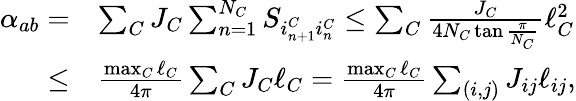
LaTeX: \begin{array}{rl}{\alpha_{ab}=}&{\sum_{C}J_{C}\sum_{n=1}^{N_{C}}S_{i_{n+1}^{C}i_{n}^{C}}\leq\sum_{C}\frac{J_{C}}{4N_{C}\tan\frac{\pi}{N_{C}}}\ell_{C}^{2}}\\ {\leq}&{\frac{\operatorname*{max}_{C}\ell_{C}}{4\pi}\sum_{C}J_{C}\ell_{C}=\frac{\operatorname*{max}_{C}\ell_{C}}{4\pi}\sum_{(i,j)}J_{ij}\ell_{ij},}\end{array}